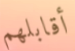
أقابلهم